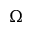
\Omega